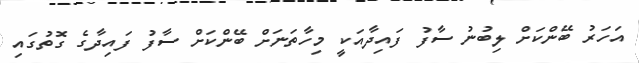
އަހަރު ބޭންކަށް ލިބުނު ސާފު ފައިދާއަކީ މިހާތަނަށް ބޭންކަށް ސާފު ފައިދާގެ ގޮތުގައި